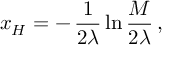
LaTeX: x _ { H } = - \, \frac { 1 } { 2 \lambda } \ln \frac { M } { 2 \lambda } \, ,